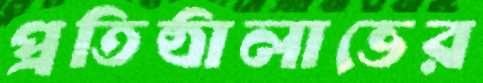
প্রতিষ্ঠালাভের